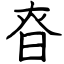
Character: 昚